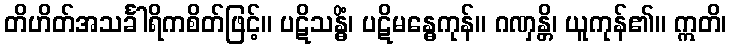
တိဟိတ်အသင်္ခါရိကစိတ်ဖြင့်။ ပဋိသန္ဓိံ၊ ပဋိမန္ဓေကုန်။ ဂဏှန္တိ၊ ယူကုန်၏။ ဣတိ၊